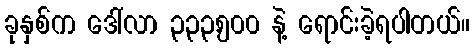
ခုနှစ်က ဒေါ်လာ ၃၃၃,၅၀၀ နဲ့ ရောင်းခဲ့ရပါတယ်။